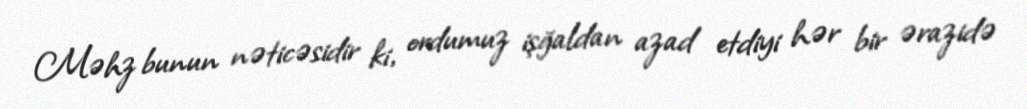
Məhz bunun nəticəsidir ki, ordumuz işğaldan azad etdiyi hər bir ərazidə